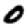
Digit: 0